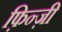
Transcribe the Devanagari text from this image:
फ़िन्ज़ी